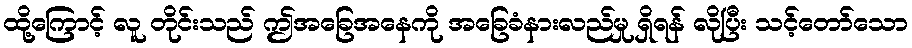
ထို့ကြောင့် လူ တိုင်းသည် ဤအခြေအနေကို အခြေခံနားလည်မှု ရှိရန် လိုပြီး သင့်တော်သော